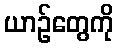
ယာဉ်တွေကို